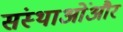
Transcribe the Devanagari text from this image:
संस्थाओंऔर